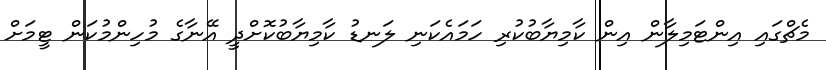
މެޗްގައި އިންޓަމިލާން އިން ކާމިޔާބުކުރި ހަމައެކަނި ލަނޑު ކާމިޔާބުކޮށްދީ އޭނާގެ މުހިންމުކަން ޓީމަށް